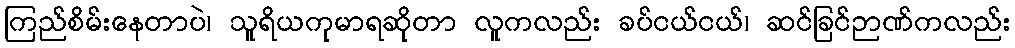
ကြည်စိမ်းနေတာပဲ၊ သူရိယကုမာရဆိုတာ လူကလည်း ခပ်ငယ်ငယ်၊ ဆင်ခြင်ဉာဏ်ကလည်း